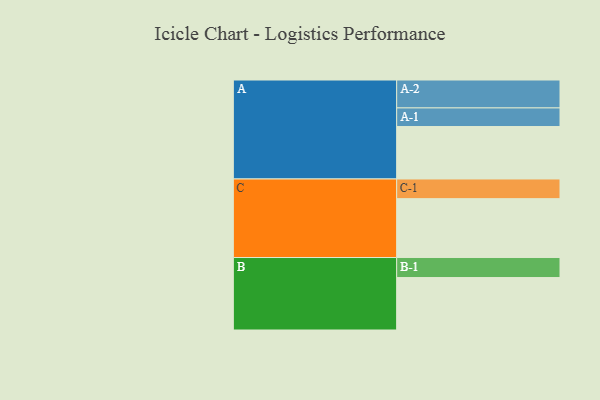
{"axis": {"x": "Segment", "y": "Value"}, "legend": ["", "A", "B", "C"], "data": [{"x": "A", "y": 485, "type": ""}, {"x": "B", "y": 485, "type": ""}, {"x": "C", "y": 544, "type": ""}, {"x": "A-1", "y": 172, "type": "A"}, {"x": "A-2", "y": 258, "type": "A"}, {"x": "B-1", "y": 185, "type": "B"}, {"x": "C-1", "y": 182, "type": "C"}]}